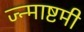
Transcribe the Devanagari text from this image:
ज्न्माष्टमी